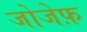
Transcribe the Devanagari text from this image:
जोजेफ़